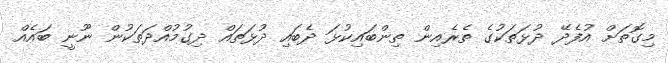
މިގޮތަށް އުފެދޭ ދުޅަތަކުގެ ތެރެއިން ތިންބައިކުޅަ ދެބައި ދުޅަތައް ދިގުމުއްދަތަކުން ނޫނީ ބައެއް